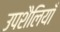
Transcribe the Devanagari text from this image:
उपशैलियाँ